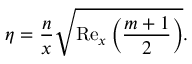
\eta = \frac { n } { x } \sqrt { \mathrm { R e } _ { x } \left( \frac { m + 1 } { 2 } \right) } .